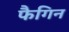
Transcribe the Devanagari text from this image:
फैगिन